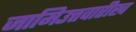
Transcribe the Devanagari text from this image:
जामिउत्तवारीख